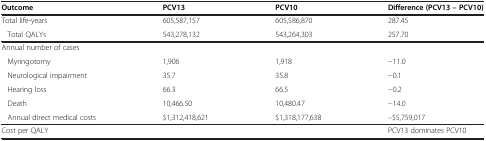
<table><thead><tr><td><b>Outcome</b></td><td><b>PCV13</b></td><td><b>PCV10</b></td><td><b>Difference (PCV13 – PCV10)</b></td></tr></thead><tbody><tr><td>Total life-years</td><td>605,587,157</td><td>605,586,870</td><td>287.45</td></tr><tr><td>Total QALYs</td><td>543,278,132</td><td>543,264,303</td><td>257.70</td></tr><tr><td colspan="4">Annual number of cases</td></tr><tr><td>Myringotomy</td><td>1,906</td><td>1,918</td><td>−11.0</td></tr><tr><td>Neurological impairment</td><td>35.7</td><td>35.8</td><td>−0.1</td></tr><tr><td>Hearing loss</td><td>66.3</td><td>66.5</td><td>−0.2</td></tr><tr><td>Death</td><td>10,466.50</td><td>10,480.47</td><td>−14.0</td></tr><tr><td>Annual direct medical costs</td><td>$1,312,418,621</td><td>$1,318,177,638</td><td>–$5,759,017</td></tr><tr><td colspan="3">Cost per QALY</td><td>PCV13 dominates PCV10</td></tr></tbody></table>